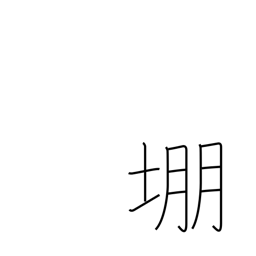
Meaning: archery target mound